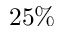
2 5 \%